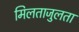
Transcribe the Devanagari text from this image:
मिलताजुलता